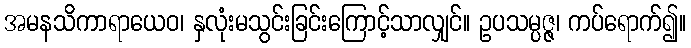
အမနသိကာရာယေဝ၊ နှလုံးမသွင်းခြင်းကြောင့်သာလျှင်။ ဥပသမ္ပဇ္ဇ၊ ကပ်ရောက်၍။